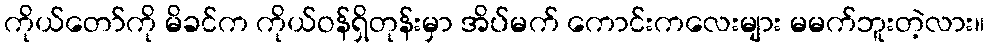
ကိုယ်တော်ကို မိခင်က ကိုယ်ဝန်ရှိတုန်းမှာ အိပ်မက် ကောင်းကလေးများ မမက်ဘူးတဲ့လား။